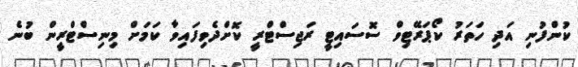
ކުންފުނި އަދި ހަތަރު ކޯޕަރޭޓިވް ސޮސައިޓީ ރަޖިސްޓްރީ ކޮށްދެވިފައިވާ ކަމަށް މިނިސްޓްރީން ބުނެ